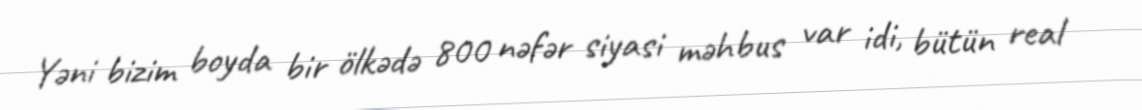
Yəni bizim boyda bir ölkədə 800 nəfər siyasi məhbus var idi, bütün real